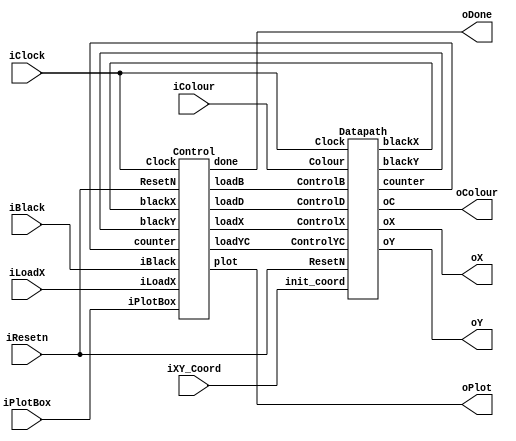
//
// This is the template for Part 2 of Lab 7.
//
// Paul Chow
// November 2021
//

module part2(
            /*************INPUTS************/
            iResetn, //active low synchronous reset 
            iPlotBox, //When pulsed (goes high then low), it triggers the circuit to start drawing the square with the specified colour at the specified coordinates 
            iBlack, //Control signal to clear the screen. If pulsed, entire screen is set to black (000)
            iColour, //colour that the square will be (001, 010, or 100 for RGB)
            iLoadX, //control signal used to load the X coodinate into a register 
            //when high, the value present on iXY_Coord is loaded into the x coordinate register, 
            //if it stays high, the value on iXY_Coord will continue to be laoded into the X register with every clock cycle
            iXY_Coord, //Specify the X and Y coordinates where the 4 by 4 pixel square will be drawn on the display
            iClock, //clock input

            /*************OUTPUTS************/
            oX, //outputs carry the current x and y pixel coordinates to the VGA adapter, indicating where to draw on the screen
            oY,
            oColour, //output provides the colour value for the current pixel to be drawn and is sent to the VGA adapter 
            oPlot, //control signal that acts as a write enable. when High, the VGA adapter will draw the pixel at the coordinate (oX, oY)
            oDone); //output signal that indicates that the circuit has completed the task 
               //set high after the circuit has finished drawing a box or clearing the screen. remains high until iPlotBox or iBlack is pulsed again 
   parameter X_SCREEN_PIXELS = 8'd160;
   parameter Y_SCREEN_PIXELS = 7'd120;

   input wire iResetn, iPlotBox, iBlack, iLoadX;
   input wire [2:0] iColour;
   input wire [6:0] iXY_Coord;
   input wire 	    iClock;
   output wire [7:0] oX;         // VGA pixel coordinates
   output wire [6:0] oY;

   output wire [2:0] oColour;     // VGA pixel colour (0-7)
   output wire 	     oPlot;       // Pixel draw enable
   output wire       oDone;       // goes high when finished drawing frame

   //instantiate Control and Datapath modules 
   wire loadX, loadYC, loadD, loadB, plot;
   wire [7:0] blackX;
   wire [6:0] blackY;
   wire [4:0] counter;
   // wire [7:0] x_wire;
   // wire [6:0] y_wire;
   // wire [2:0] colour;
   
   Control C1 (
   .Clock(iClock),
   .ResetN(iResetn),
   .iLoadX(iLoadX),
   .iPlotBox(iPlotBox),
   .iBlack(iBlack),
   .counter(counter), 
   .blackX(blackX),   
   .blackY(blackY),   
   .loadX(loadX),
   .loadYC(loadYC),
   .loadD(loadD),
   .loadB(loadB),
   .done(oDone),
   .plot(oPlot));

// Instantiate Datapath module
Datapath D1 (
   .Clock(iClock),
   .ResetN(iResetn),
   .init_coord(iXY_Coord),
   .Colour(iColour),
   .ControlX(loadX),
   .ControlYC(loadYC),
   .ControlD(loadD),
   .ControlB(loadB),
   .oX(oX),
   .oY(oY),
   .oC(oColour),
   .counter(counter),
   .blackX(blackX),
   .blackY(blackY));

endmodule // part2


//FSM to control which state we need to be in and assert the control signal to datapath 
module Control(
   input Clock,
   input ResetN,
   input iLoadX,
   input iPlotBox,
   input iBlack,
   input [4:0] counter, //5 bit counter
   input [7:0] blackX,
   input [6:0] blackY,

   //outputs to datapath and VGA
   output reg loadX, //load the X register
   output reg loadYC, //load the Y and colour registers
   output reg loadD, //start drawing
   output reg loadB, //clear the screen
   output reg done, //must be high until we pulse iPlotBox or iBlack
   output reg plot //output to VGA
   );

   parameter X_SCREEN_PIXELS = 8'd160;
   parameter Y_SCREEN_PIXELS = 7'd120;

   // internal registers for current and next states. must be 3 bits wide because we have 7 different states in the FSM
   reg [2:0] current;
   reg [2:0] next;

   //state parameters. need to also account for waiting time in between each state.
   localparam S_LOAD_X = 3'd0,
               S_WAIT_X = 3'd1,
               S_LOAD_YC = 3'd2,
               S_WAIT_YC = 3'd3,
               S_DRAW = 3'd4,
               S_DRAW_WAIT = 3'd5,
               S_CLEAR = 3'd6;

   always @ (posedge Clock) begin
   if (!ResetN) begin // active low reset
      current <= S_LOAD_X; // back to start
      loadX <= 0;
      loadYC <= 0;
      loadD <= 0;
      loadB <= 0;
      done <= 0;
      plot <= 0;
   end 

   else if(loadB) begin
      current <= S_CLEAR;
   end

   else begin
      current <= next; 
   end
   end

   always @ (*) begin // State table 
      // reset all control signals at the beginning of each state transition so they dont stay high
      loadX = 0;
      loadYC = 0;
      loadD = 0;
      loadB = 0;
      plot = 0;
      
      case (current)
         S_LOAD_X: begin
            next = iLoadX ? S_WAIT_X : current; // keep waiting until we load x
            loadX = 1; // assert loadX to load the X coordinate
         end

         S_WAIT_X: begin // once load x goes low, we can load x and start waiting for y and color to be loaded
            next = !iLoadX ? S_LOAD_YC : current; // move to the next state when iLoadX is deasserted
            // deassert all control signals here
         end

         S_LOAD_YC: begin
            next = iPlotBox ? S_WAIT_YC : current; // Once iPlotBox goes high, then we can load y and color
            loadYC = 1; // Assert loadYC to load the Y coordinate and color
         end

         S_WAIT_YC: begin
            next = !iPlotBox ? S_DRAW : current; //iPlotBox is deasserted, we move to the drawing state
            // deassert all control signals here
         end
         
         S_DRAW: begin // if counter hits 1111, then we know we are done drawing the box
            loadD = 1; // assert loadD to start drawing
            plot = 1; // assert plot to enable drawing on VGA
            next = (counter == 5'b10000) ? S_DRAW_WAIT : current;
         end

         S_DRAW_WAIT: begin // either after we have drawn or cleared the screen, we have to wait for the x to be loaded again
            done = 1; // assert done to indicate completion
            next = (iLoadX || iBlack) ? S_LOAD_X : current; // move to load X only if iLoadX or iBlack is pulsed
         end

         S_CLEAR: begin // if we are done clearing the screen, we now wait
            loadB = 1; // assert loadB to clear the screen
            plot = 1; // assert plot to enable drawing on VGA
            next = ((blackX == X_SCREEN_PIXELS-1) && (blackY == Y_SCREEN_PIXELS-1)) ? S_DRAW_WAIT : current;
            if (next == S_DRAW_WAIT) done = 1; // Assert done after clearing is complete
         end

         default: begin
            next = S_LOAD_X;
         end
      endcase 
   end
endmodule



// Datapath module to handle drawing and clearing operations
module Datapath(
    input Clock,
    input ResetN,
    input [6:0] init_coord, // initial X and Y coord
    input [2:0] Colour,
    input ControlX, // control when to load the x register
    input ControlYC, // control when to load the y register and colour register
    input ControlD, // control when to draw and output the x/y registers
    input ControlB, // control when we want to clear the screen
    output reg [7:0] oX, //x coord
    output reg [6:0] oY, //y coord
    output reg [2:0] oC, //colour
    output reg [7:0] blackX,
    output reg [6:0] blackY,
    output reg [4:0] counter //internal counter
);

    reg [7:0] x_init; //from 0 to 159
    reg [6:0] y_init; //from 0 to 119
    reg [2:0] colour; // 001, 010, 100

    parameter X_SCREEN_PIXELS = 8'd160;
    parameter Y_SCREEN_PIXELS = 7'd120;

    always @(posedge Clock) begin
        if (!ResetN) begin
            // Reset logic
            x_init <= 8'b0;
            y_init <= 7'b0;
            colour <= 3'b0;
            counter <= 5'b0;
            oX <= 8'b0;
            oY <= 7'b0;
            oC <= 3'b0;
            blackX <= 8'b0;
            blackY <= 7'b0;
        end 
        else begin
            if (ControlX) begin
                x_init <= {1'b0, init_coord};
            end 
            if (ControlYC) begin
                y_init <= init_coord;
                colour <= Colour;
            end
            if (ControlD) begin
                // Draw the pixel based on the current count
                oX <= x_init + counter[1:0]; // Add LSBs of counter to x_init
                oY <= y_init + counter[3:2]; // Add MSBs of counter to y_init
                oC <= colour; // Keep the colour until the pixel is drawn
                if (counter < 5'b10000) begin
                    counter <= counter + 1'b1;
                end
            end 
            else if (ControlB) begin
                // Clearing logic
                oX <= blackX;
                oY <= blackY;
                oC <= 3'b0; // Set colour to black
                if (blackX < X_SCREEN_PIXELS - 1) begin
                    blackX <= blackX + 1'b1;
                end else if (blackY < Y_SCREEN_PIXELS - 1) begin
                    blackY <= blackY + 1'b1;
                    blackX <= 8'b0;
                end else begin
                    // Reset to starting position after the screen is cleared
                    blackX <= 8'b0;
                    blackY <= 7'b0;
                end
            end 
            else begin
                counter <= 5'b0;
            end
        end
    end
endmodule